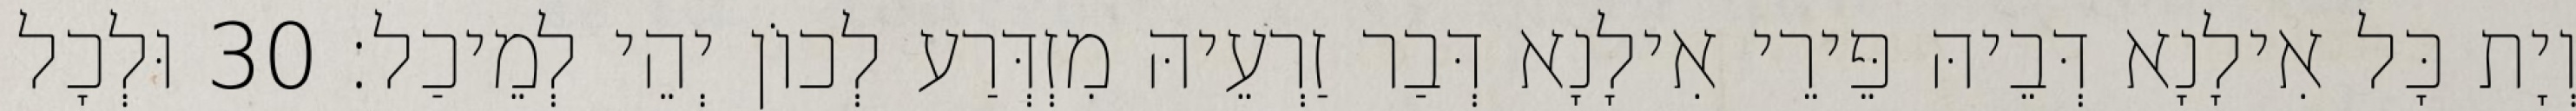
וְיָת כָּל אִילָנָא דְּבֵיהּ פֵּירֵי אִילָנָא דְּבַר זַרְעֵיהּ מִזְדְּרַע לְכוֹן יְהֵי לְמֵיכַל׃ 30 וּלְכָל